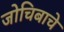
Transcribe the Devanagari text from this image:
जोचिबाचे